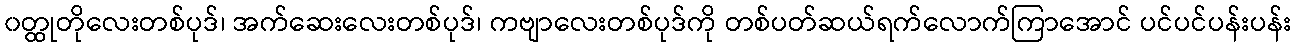
၀တ္ထုတိုလေးတစ်ပုဒ်၊ အက်ဆေးလေးတစ်ပုဒ်၊ ကဗျာလေးတစ်ပုဒ်ကို တစ်ပတ်ဆယ်ရက်လောက်ကြာအောင် ပင်ပင်ပန်းပန်း